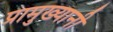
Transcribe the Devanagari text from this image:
प्रामुख्यानी